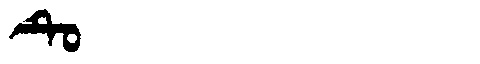
Manchu: ᡨᡠ
Romanization: TU